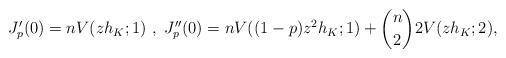
LaTeX: \begin{align*} J_p'(0) = n V(z h_K ; 1) ~,~ J_p''(0) = n V((1-p) z^2 h_K ; 1) + {n \choose 2} 2 V(z h_K; 2) ,\end{align*}